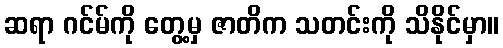
ဆရာ ဂင်မ်ကို တွေ့မှ ဇာတိက သတင်းကို သိနိုင်မှာ။